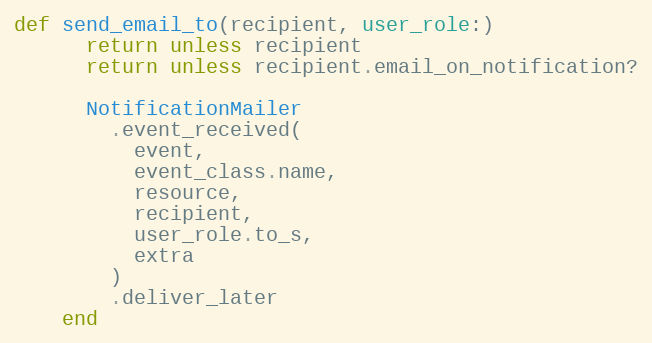
Language: Ruby
def send_email_to(recipient, user_role:)
      return unless recipient
      return unless recipient.email_on_notification?

      NotificationMailer
        .event_received(
          event,
          event_class.name,
          resource,
          recipient,
          user_role.to_s,
          extra
        )
        .deliver_later
    end